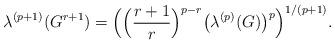
LaTeX: \begin{align*}\lambda^{(p+1)}(G^{r+1})=\Big(\Big(\frac{r+1}{r}\Big)^{p-r}\big(\lambda^{(p)}(G)\big)^p\Big)^{1/(p+1)}.\end{align*}